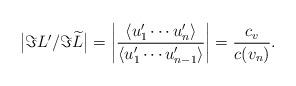
LaTeX: \begin{align*}\big|\Im L'/\Im \widetilde{L}\big|=\left|\frac{\langle u_1'\cdots u_n'\rangle}{\langle u_1'\cdots u_{n-1}'\rangle}\right|=\frac{c_v}{c(v_n)}.\end{align*}